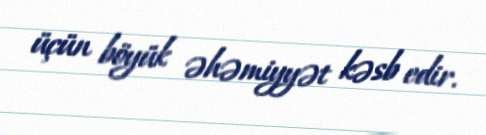
üçün böyük əhəmiyyət kəsb edir.